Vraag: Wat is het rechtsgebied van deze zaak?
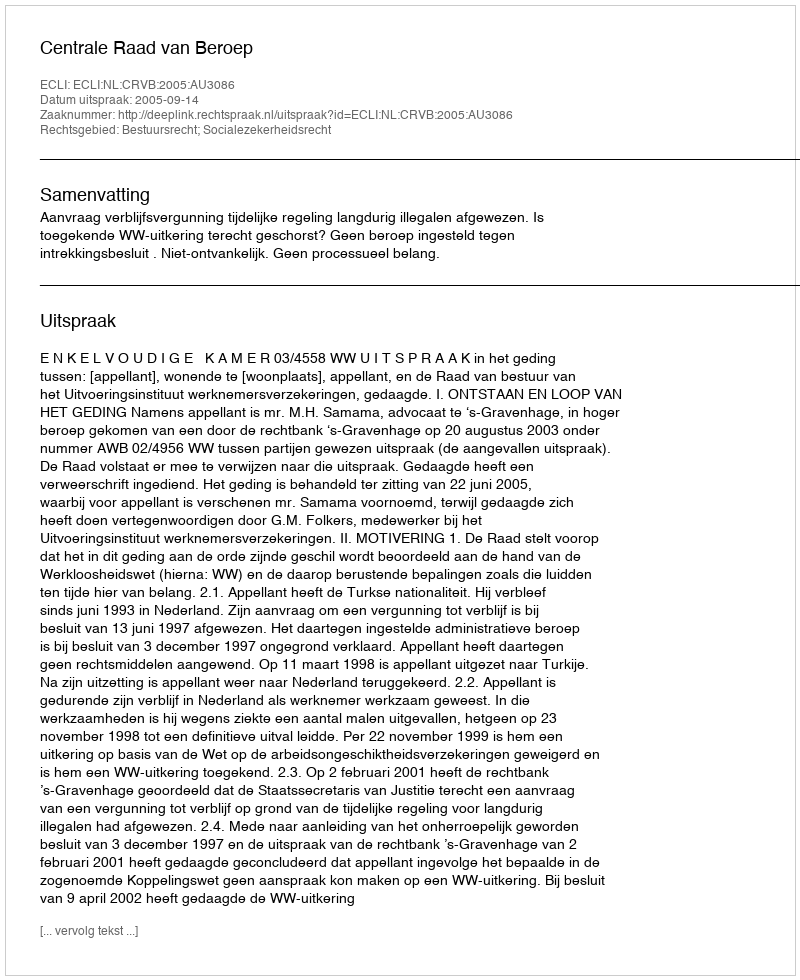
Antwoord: Bestuursrecht; Socialezekerheidsrecht